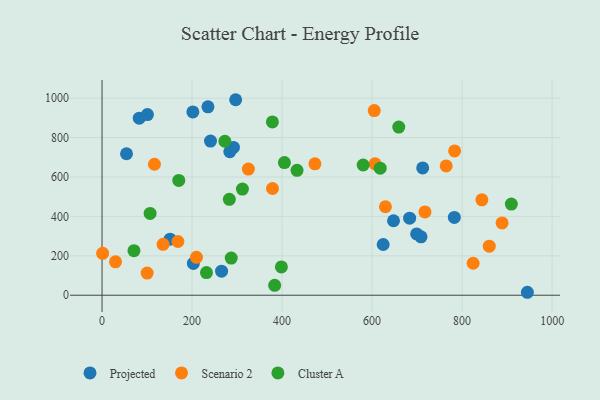
{"axis": {"x": "Price", "y": "Rating"}, "legend": ["Cluster A", "Projected", "Scenario 2"], "data": [{"x": "708.7", "y": 296.5, "type": "Projected"}, {"x": "201.8", "y": 930.4, "type": "Projected"}, {"x": "683.4", "y": 391.2, "type": "Projected"}, {"x": "292.0", "y": 750.1, "type": "Projected"}, {"x": "647.6", "y": 378.0, "type": "Projected"}, {"x": "699.0", "y": 311.3, "type": "Projected"}, {"x": "782.7", "y": 394.9, "type": "Projected"}, {"x": "54.4", "y": 718.0, "type": "Projected"}, {"x": "151.2", "y": 284.6, "type": "Projected"}, {"x": "945.0", "y": 15.0, "type": "Projected"}, {"x": "712.4", "y": 646.0, "type": "Projected"}, {"x": "202.9", "y": 161.5, "type": "Projected"}, {"x": "624.6", "y": 257.4, "type": "Projected"}, {"x": "235.3", "y": 956.1, "type": "Projected"}, {"x": "241.0", "y": 782.4, "type": "Projected"}, {"x": "283.9", "y": 728.5, "type": "Projected"}, {"x": "296.9", "y": 992.1, "type": "Projected"}, {"x": "100.8", "y": 916.6, "type": "Projected"}, {"x": "265.6", "y": 122.3, "type": "Projected"}, {"x": "82.7", "y": 898.6, "type": "Projected"}, {"x": "325.1", "y": 640.3, "type": "Scenario 2"}, {"x": "209.8", "y": 192.5, "type": "Scenario 2"}, {"x": "783.4", "y": 732.4, "type": "Scenario 2"}, {"x": "888.8", "y": 366.7, "type": "Scenario 2"}, {"x": "29.9", "y": 169.5, "type": "Scenario 2"}, {"x": "100.2", "y": 112.3, "type": "Scenario 2"}, {"x": "606.6", "y": 666.7, "type": "Scenario 2"}, {"x": "473.0", "y": 666.7, "type": "Scenario 2"}, {"x": "843.9", "y": 484.2, "type": "Scenario 2"}, {"x": "717.5", "y": 422.8, "type": "Scenario 2"}, {"x": "378.7", "y": 541.6, "type": "Scenario 2"}, {"x": "629.6", "y": 449.0, "type": "Scenario 2"}, {"x": "604.8", "y": 937.1, "type": "Scenario 2"}, {"x": "764.6", "y": 656.3, "type": "Scenario 2"}, {"x": "860.3", "y": 249.1, "type": "Scenario 2"}, {"x": "168.6", "y": 272.6, "type": "Scenario 2"}, {"x": "1.3", "y": 212.6, "type": "Scenario 2"}, {"x": "116.4", "y": 664.6, "type": "Scenario 2"}, {"x": "824.5", "y": 162.2, "type": "Scenario 2"}, {"x": "135.6", "y": 258.3, "type": "Scenario 2"}, {"x": "398.5", "y": 143.5, "type": "Cluster A"}, {"x": "311.9", "y": 538.6, "type": "Cluster A"}, {"x": "282.8", "y": 486.9, "type": "Cluster A"}, {"x": "170.5", "y": 582.5, "type": "Cluster A"}, {"x": "378.5", "y": 879.3, "type": "Cluster A"}, {"x": "232.0", "y": 115.0, "type": "Cluster A"}, {"x": "287.0", "y": 188.5, "type": "Cluster A"}, {"x": "272.9", "y": 781.3, "type": "Cluster A"}, {"x": "106.8", "y": 415.3, "type": "Cluster A"}, {"x": "70.9", "y": 226.0, "type": "Cluster A"}, {"x": "405.2", "y": 673.4, "type": "Cluster A"}, {"x": "909.4", "y": 462.6, "type": "Cluster A"}, {"x": "580.1", "y": 660.9, "type": "Cluster A"}, {"x": "659.3", "y": 853.1, "type": "Cluster A"}, {"x": "618.0", "y": 644.9, "type": "Cluster A"}, {"x": "383.5", "y": 50.5, "type": "Cluster A"}, {"x": "433.2", "y": 633.6, "type": "Cluster A"}]}